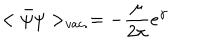
LaTeX: < \bar { \psi } \psi > _ { v a c . } = - \frac { \mu } { 2 \pi } e ^ { \gamma }